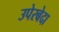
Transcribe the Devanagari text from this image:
उपेरबेदा